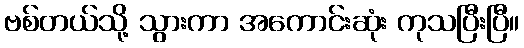
ဗစ်တယ်သို့ သွားကာ အကောင်းဆုံး ကုသပြီးပြီ။